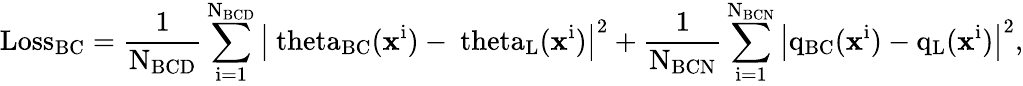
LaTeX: \mathrm{Loss_{BC}=\frac{1}{N_{BCD}}\sum_{i=1}^{N_{BCD}}\left|\ theta_{BC}(\mathbf{x}^{i})-\ theta_{L}(\mathbf{x}^{i})\right|^{2}+\frac{1}{N_{BCN}}\sum_{i=1}^{N_{BCN}}\left|q_{BC}(\mathbf{x}^{i})-q_{L}(\mathbf{x}^{i})\right|^{2}},